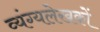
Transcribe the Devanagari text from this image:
व्यंग्यलेखकों